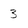
Character: 3